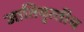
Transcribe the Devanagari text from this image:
जातिवृत्‍तीय